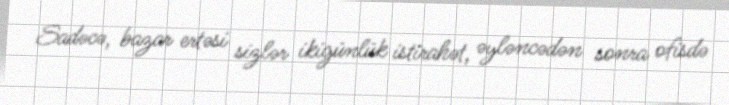
Sadəcə, bazar ertəsi sizlər ikigünlük istirahət, əyləncədən sonra ofisdə